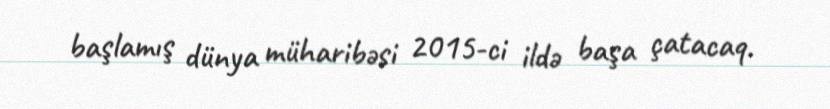
başlamış dünya müharibəsi 2015-ci ildə başa çatacaq.